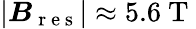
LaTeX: \left|\boldsymbol B_{\mathrm{~r~e~s~}}\right|\approx 5.6\mathrm{~T~}